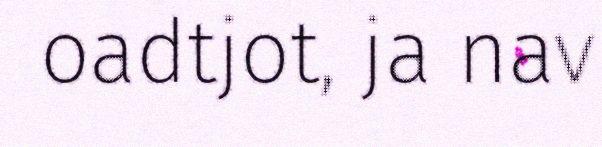
oadtjot, ja nav